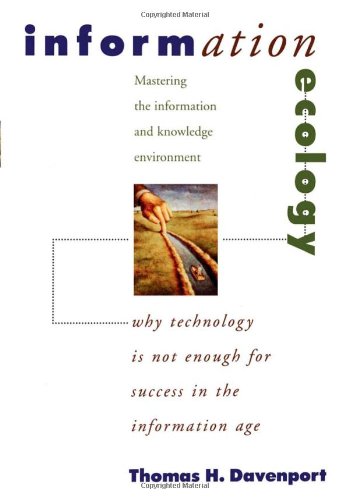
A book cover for Information Ecology: Mastering the Information and Knowledge Environment; Thomas H. Davenport; Business & Money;